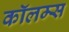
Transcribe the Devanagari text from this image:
कॉलम्स